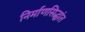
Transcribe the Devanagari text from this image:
निर्माणसिद्धांत